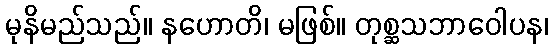
မုနိမည်သည်။ နဟောတိ၊ မဖြစ်။ တုစ္ဆသဘာဝေါပန၊